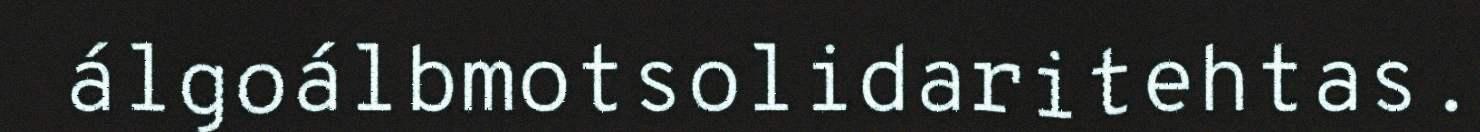
álgoálbmotsolidaritehtas.